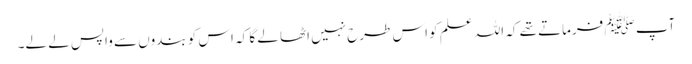
آپ ﷺ فرماتے تھے کہ اللہ علم کو اس طرح نہیں اٹھا لے گا کہ اس کو بندوں سے واپس لے لے۔